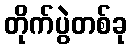
တိုက်ပွဲတစ်ခု